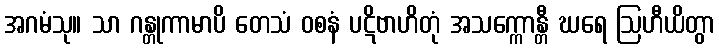
အဂမံသု။ သာ ဂန္တုကာမာပိ တေသံ ဝစနံ ပဋိဗာဟိတုံ အသက္ကောန္တီ ဃရေ ဩဟီယိတွာ